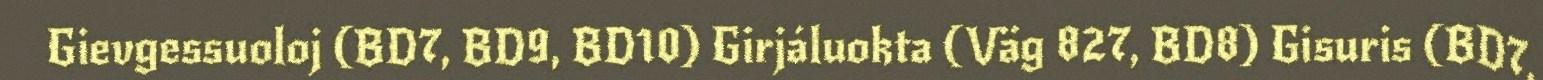
Gievgessuoloj (BD7, BD9, BD10) Girjáluokta (Väg 827, BD8) Gisuris (BD7,